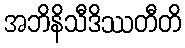
အဘိနိသီဒိဿတီတိ